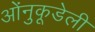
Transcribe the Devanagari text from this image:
ओंनुकूडेली